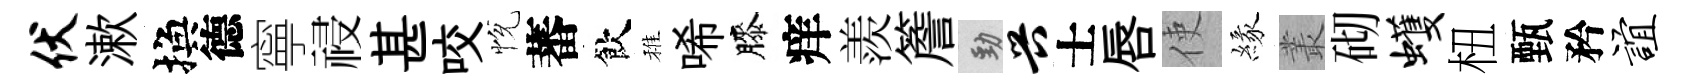
伏漱換德寧祲甚咬恱蕃飲稚唏膝痒羨簷勁兴士唇使緣叢砌蠖杻甄矜谊